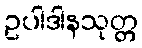
ဥပါဒါနသုတ္တ